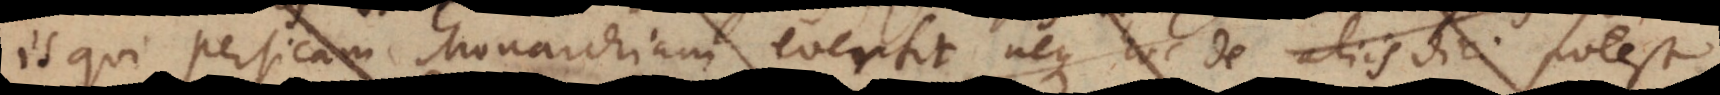
is qui Persicam Monarchiam evertit, neque hoc de aliis dici potest,